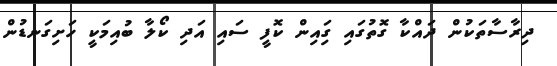
ދިރާސާތަކުން ދައްކާ ގޮތުގައި ގިައިން ކޮފީ ސައި އަދި ކޯލާ ބުއިމަކީ ހަށިގަނޑުން